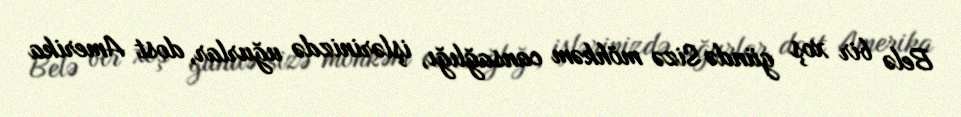
Belə bir xoş gündə Sizə möhkəm cansağlığı, işlərinizdə uğurlar, dost Amerika